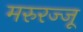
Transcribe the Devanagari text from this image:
मरुरज्जू